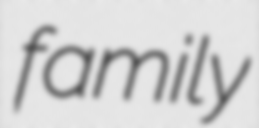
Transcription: family